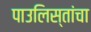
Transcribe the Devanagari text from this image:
पाउलिस्तांचा